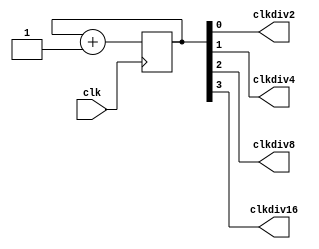
`timescale 1us / 1ns
//////////////////////////////////////////////////////////////////////////////////
// Company: 
// Engineer: 
// 
// Design Name: 
// Module Name:    Clock_Div 
// Project Name: 
// Target Devices: 
// Tool versions: 
// Description: 
//
// Dependencies: 
//
// Revision: 
// Revision 0.01 - File Created
// Additional Comments: 
//
//////////////////////////////////////////////////////////////////////////////////
module Clock_Div(clkdiv2,clkdiv4,clkdiv8,clkdiv16,clk);
input clk;
output clkdiv2,clkdiv4,clkdiv8,clkdiv16;
reg [3:0]cnt=4'd0;
always@(posedge clk)
cnt=cnt+1;
assign clkdiv2=cnt[0];
assign clkdiv4=cnt[1];
assign clkdiv8=cnt[2];
assign clkdiv16=cnt[3];
endmodule